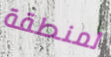
لمنطقة